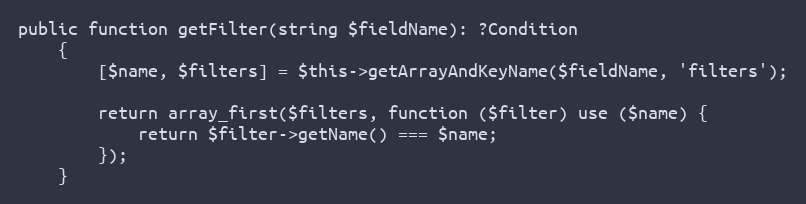
Language: PHP
public function getFilter(string $fieldName): ?Condition
    {
        [$name, $filters] = $this->getArrayAndKeyName($fieldName, 'filters');

        return array_first($filters, function ($filter) use ($name) {
            return $filter->getName() === $name;
        });
    }